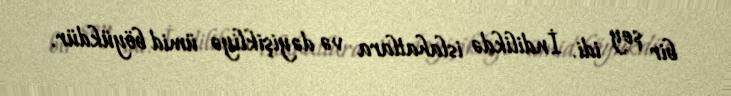
bir şey idi. İndilikdə islahatlara və dəyişikliyə ümid böyükdür.